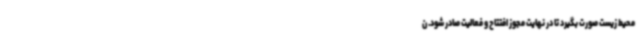
محیط زیست صورت بگیرد تا در نهایت مجوز افتتاح و فعالیت صادر شود. ن